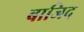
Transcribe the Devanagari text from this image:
बाजिद